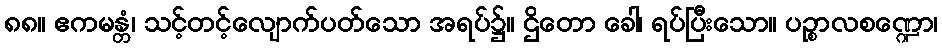
၈၈။ ဧကမန္တံ၊ သင့်တင့်လျောက်ပတ်သော အရပ်၌။ ဌိတော ခေါ၊ ရပ်ပြီးသော။ ပဉ္စာလစဏ္ဍော၊